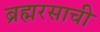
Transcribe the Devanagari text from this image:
ब्रह्मरसाची